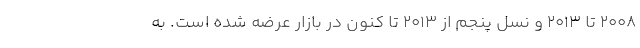
2008 تا 2013 و نسل پنجم از 2013 تا کنون در بازار عرضه شده است. به